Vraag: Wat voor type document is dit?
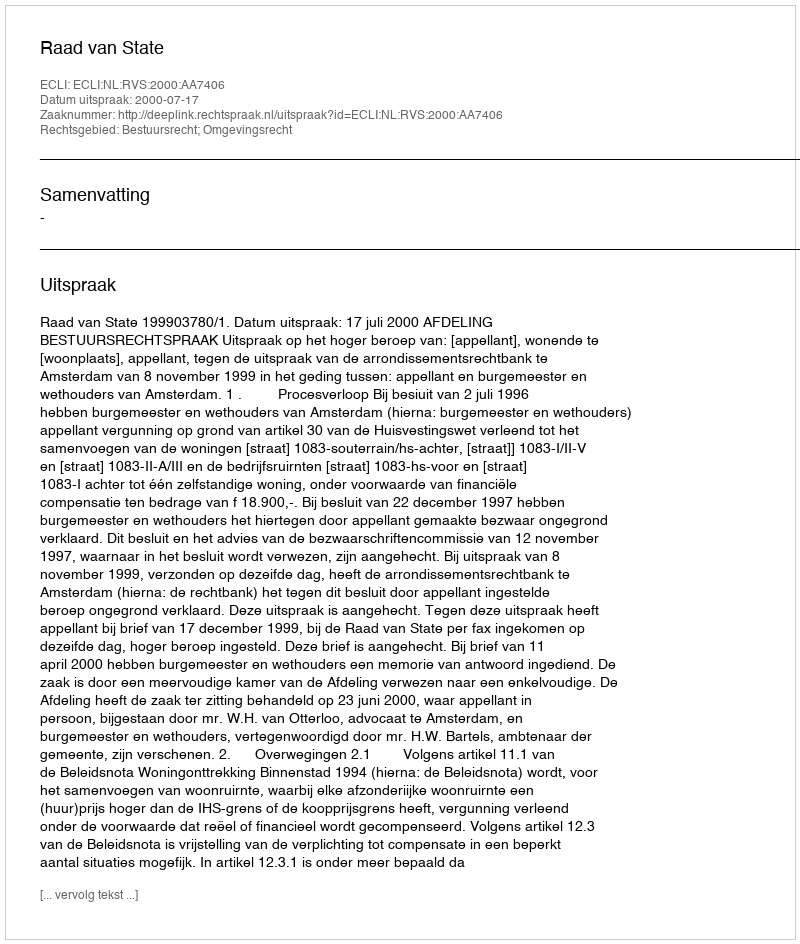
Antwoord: Uitspraak